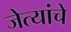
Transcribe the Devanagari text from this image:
जेत्यांचे